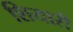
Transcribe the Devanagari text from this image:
शियारी